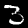
Digit: 3